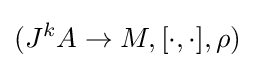
(J^{k}A\to M,[\cdot ,\cdot ],\rho )